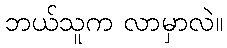
ဘယ်သူက လာမှာလဲ။